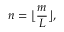
n = { \bigl \lfloor } { \frac { m } { L } } { \bigr \rfloor } ,